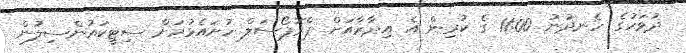
ދުވަހުގެ ހެނދުނު 11:00 ގެ ކުރިން އެ އިދާރާއަށް ޕްރޮޕޯސަލް ހުށައެޅުމަށް ސިޓީކައުންސިލުން